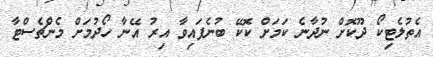
އެތުލެޓިކޯ ދޫކޮށް ނުދާނެ ކަމަށް ކޮކޭ ބުނެފައިވާ އިރު އޭނާ ހޯދުމަށް މެންޗެސްޓާ